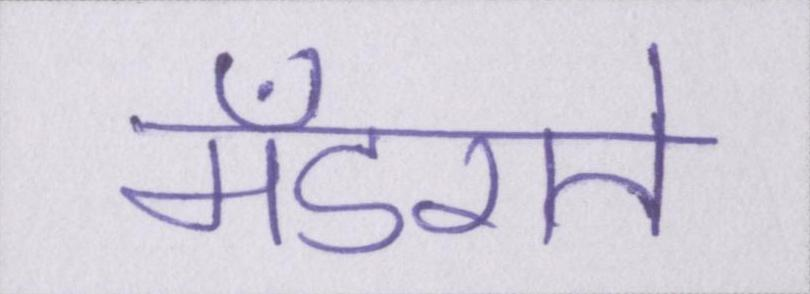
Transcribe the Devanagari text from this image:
मँडराते